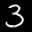
Label: 3